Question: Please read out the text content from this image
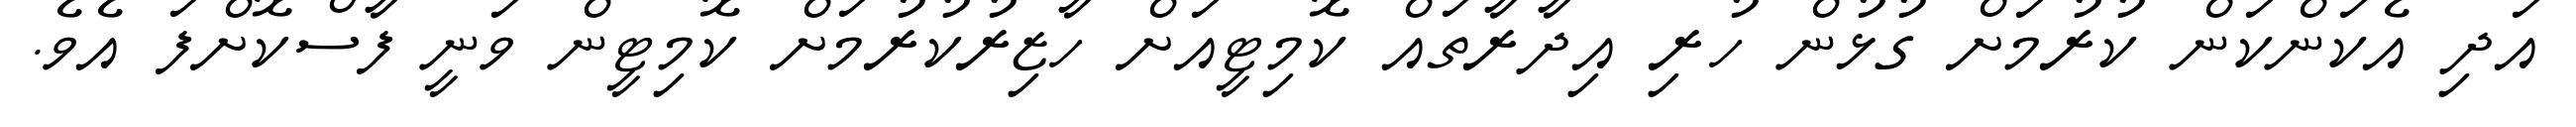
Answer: އަދި އެކަންކަން ކުރުމަށް ގުޅުން ހުރި އިދާރާތައް ކޮމިޓީއަށް ހާޒިރުކުރުމަށް ކޮމިޓީން ވަނީ ފާސްކޮށްފަ އެވެ.